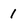
Character: 1